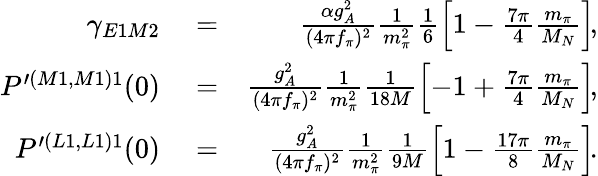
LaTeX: \begin{array}{rlr}{\gamma_{E1M2}}&{{}=}&{\frac{\alpha g_{A}^{2}}{(4\pi f_{\pi})^{2}}\frac{1}{m_{\pi}^{2}}\frac{1}{6}\left[1-\frac{7\pi}{4}\frac{m_{\pi}}{M_{N}}\right]\! ,}\\ {P^{\prime(M1,M1)1}(0)}&{{}=}&{\frac{g_{A}^{2}}{(4\pi f_{\pi})^{2}}\frac{1}{m_{\pi}^{2}}\frac{1}{18M}\left[-1+\frac{7\pi}{4}\frac{m_{\pi}}{M_{N}}\right]\! ,}\\ {P^{\prime(L1,L1)1}(0)}&{{}=}&{\frac{g_{A}^{2}}{(4\pi f_{\pi})^{2}}\frac{1}{m_{\pi}^{2}}\frac{1}{9M}\left[1-\frac{17\pi}{8}\frac{m_{\pi}}{M_{N}}\right]\! .}\end{array}